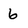
Character: 6